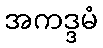
အကဒ္ဒမံ